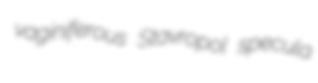
vaginiferous Stavropol specula